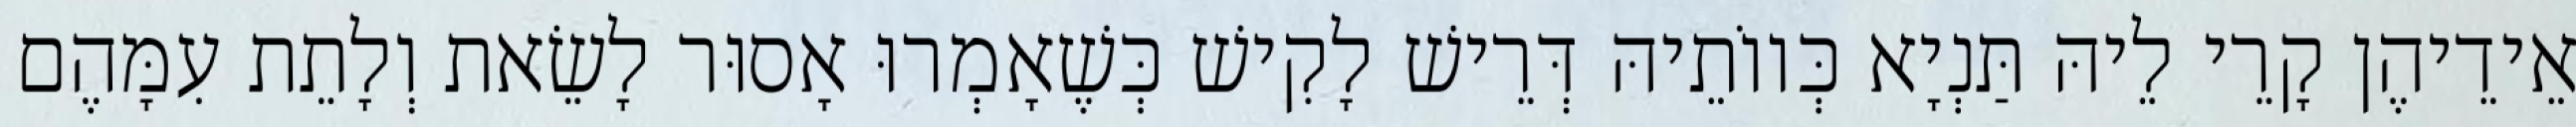
אֵידֵיהֶן קָרֵי לֵיהּ תַּנְיָא כְּווֹתֵיהּ דְּרֵישׁ לָקִישׁ כְּשֶׁאָמְרוּ אָסוּר לָשֵׂאת וְלָתֵת עִמָּהֶם